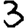
Digit: 3